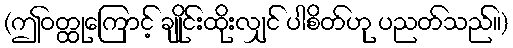
(ဤဝတ္ထုကြောင့် ချိုင်းထိုးလျှင် ပါစိတ်ဟု ပညတ်သည်။)